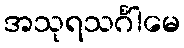
အသုရသင်္ဂါမေ